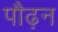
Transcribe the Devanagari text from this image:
पौढ़न